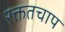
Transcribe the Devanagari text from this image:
रक्ततचाप